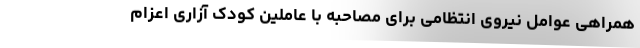
همراهی عوامل نیروی انتظامی برای مصاحبه با عاملین کودک آزاری اعزام